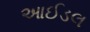
આઈડલ